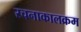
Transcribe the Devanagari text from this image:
रचनाकालक्रम